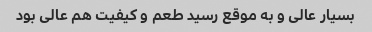
بسیار عالی و به موقع رسید طعم و کیفیت هم عالی بود